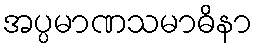
အပ္ပမာဏသမာဓိနာ